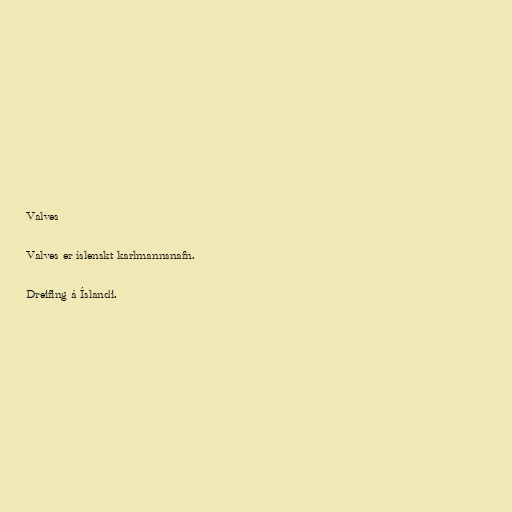
Valves

Valves er íslenskt karlmannsnafn.

Dreifing á Íslandi.